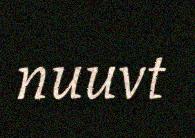
nuuvt